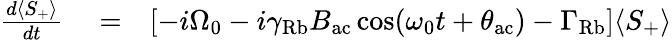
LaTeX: \begin{array}{rlr}{\frac{d\langle S_{+}\rangle}{dt}}&{{}=}&{\left[-i\Omega_{0}-i\gamma_{\mathrm{Rb}}B_{\mathrm{ac}}\cos(\omega_{0}t+\theta_{\mathrm{ac}})-\Gamma_{\mathrm{Rb}}\right]\langle S_{+}\rangle}\end{array}